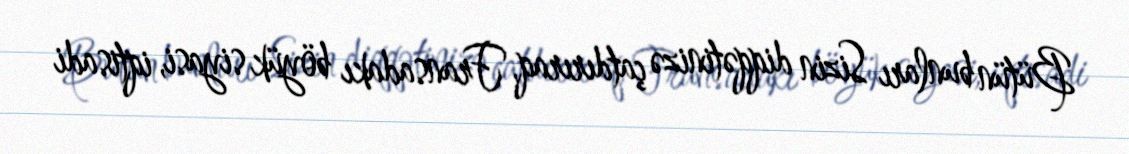
Bütün bunları Sizin diqqətinizə çatdırıraq, Fransadakı böyük siyasi, iqtisadi